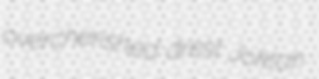
overcherished drest Joktan